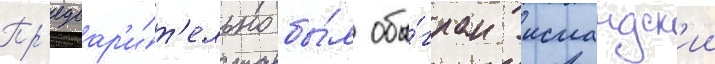
Пр'едвар'и́т'ельно бы́л обы́гран исландск'ии